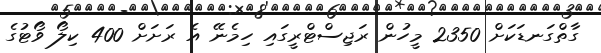
ގާތްގަނޑަކަށް 2350 މީހުން ރަޖިސްޓްރީގައި ހިމެނޭ އެ ރަށަށް 400 ކިލޯ ވޯޓުގެ